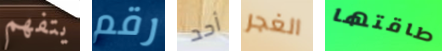
يتفهم رقم أحد الغجر طاقتها